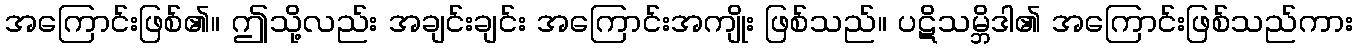
အကြောင်းဖြစ်၏။ ဤသို့လည်း အချင်းချင်း အကြောင်းအကျိုး ဖြစ်သည်။ ပဋိသမ္ဘိဒါ၏ အကြောင်းဖြစ်သည်ကား